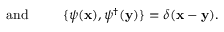
\mathrm { a n d } \; \; \; \; \; \; \; \; \; \{ \psi ( { \bf x } ) , \psi ^ { \dagger } ( { \bf y } ) \} = \delta ( { \bf x - y } ) .